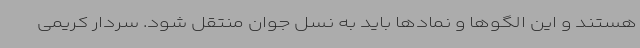
هستند و این الگوها و نمادها باید به نسل جوان منتقل شود. سردار کریمی